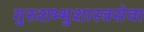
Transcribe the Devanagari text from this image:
गुरुशभ्भुशास्त्रसेवा